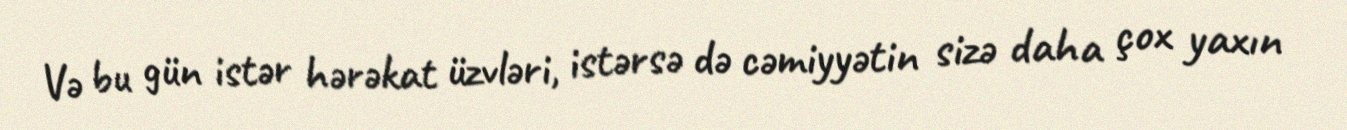
Və bu gün istər hərəkat üzvləri, istərsə də cəmiyyətin sizə daha çox yaxın